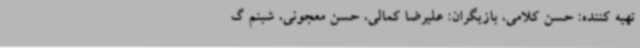
تهیه کننده: حسن کلامی، بازیگران: علیرضا کمالی، حسن معجونی، شبنم گ